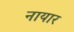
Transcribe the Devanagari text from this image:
नायार